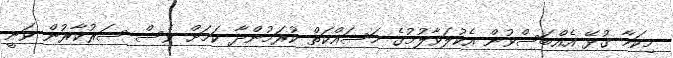
މިކަމާ ގުޅޭ އެއްބަސްވުން އެކުލަވާލުމުގެ މަސައްކަތް ކުރަމުންދާ ކަމަށް ވެސް ސަރުކާރުން ވަނީ